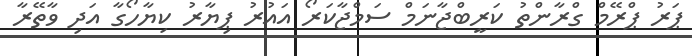
ޕަރު ޕްރޭމް ގްރާންތު ކަރީބްޖާނަމް ސަމްޖާކަރޯ އައުރު ޕިޔާރު ކިޔާހޯގާ އަދި ވާތޭރާ